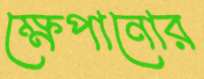
ক্ষেপানোর